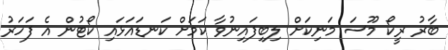
ބާރު ރީކޯ މޫސަ މަނިކަށް ލިބިފައިނުވާ ކަމަށް ކަނޑައަޅައި ކޯޓުން އެ ފަހަރު